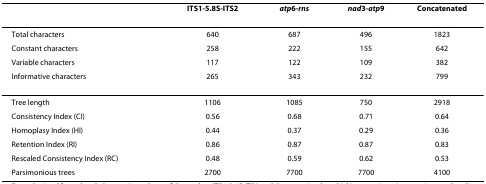
<table><thead><tr><td></td><td><b>ITS1-5.8S-ITS2</b></td><td><b><i>atp</i>6-<i>rns</i></b></td><td><b><i>nad</i>3-<i>atp</i>9</b></td><td><b>Concatenated</b></td></tr></thead><tbody><tr><td>Total characters</td><td>640</td><td>687</td><td>496</td><td>1823</td></tr><tr><td>Constant characters</td><td>258</td><td>222</td><td>155</td><td>642</td></tr><tr><td>Variable characters</td><td>117</td><td>122</td><td>109</td><td>382</td></tr><tr><td>Informative characters</td><td>265</td><td>343</td><td>232</td><td>799</td></tr><tr><td>Tree length</td><td>1106</td><td>1085</td><td>750</td><td>2918</td></tr><tr><td>Consistency Index (CI)</td><td>0.56</td><td>0.68</td><td>0.71</td><td>0.64</td></tr><tr><td>Homoplasy Index (HI)</td><td>0.44</td><td>0.37</td><td>0.29</td><td>0.36</td></tr><tr><td>Retention Index (RI)</td><td>0.86</td><td>0.87</td><td>0.87</td><td>0.83</td></tr><tr><td>Rescaled Consistency Index (RC)</td><td>0.48</td><td>0.59</td><td>0.62</td><td>0.53</td></tr><tr><td>Parsimonious trees</td><td>2700</td><td>7700</td><td>7700</td><td>4100</td></tr></tbody></table>